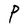
Character: P